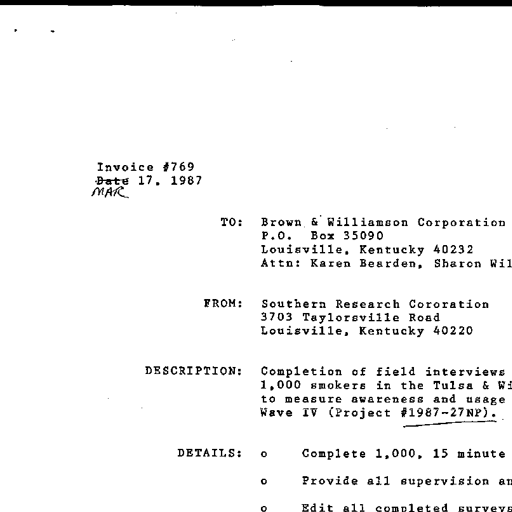
Invoice #769
Date MAR 17, 1987

TO: Brown & Williamson Corporation
P.O. Box 35090
Louisville, Kentucky 40232
Attn: Karen Bearden, Sharon Wil

FROM: Southern Research Cororation
3703 Taylorsville Road
Louisville, Kentucky 40220

DESCRIPTION: Completion of field interviews
1,000 smokers in the Tulsa & Wi
to measure awareness and usage
Wave IV (Project #1987-27NP)

DETAILS: o Complete 1,000, 15 minute
o Provide all supervision an
o Edit all completed surveys